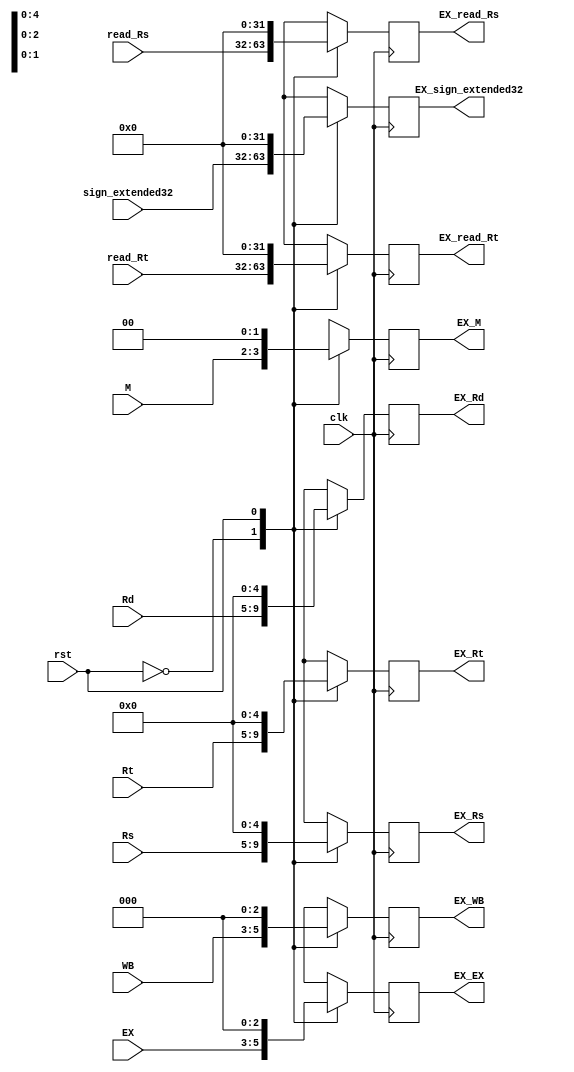
module ID_EX(EX_WB, EX_M, EX_EX, EX_read_Rs, EX_read_Rt, EX_Rs, EX_Rt, EX_Rd, EX_sign_extended32,
                WB,    M,     EX,   read_Rs,    read_Rt,    Rs,    Rt,    Rd,    sign_extended32, clk,rst);

input clk,rst;
input [31:0] sign_extended32, read_Rs, read_Rt;
input [2:0] WB;   //Regdst used in the EX stage as selction line between Rt , Rd ,, Reg write , Mem to reg
input [1:0] M;    //Mem read , Mem write
input [2:0] EX;   //ALU_src for mux selection , Aluop to the Alucontrol unit
input [4:0] Rs, Rt, Rd;  //Rt to be duplicated one copy goes to the Mux with Rd and the other copy to the forwarding unit with Rs

output reg [31:0] EX_sign_extended32, EX_read_Rs, EX_read_Rt;
output reg [2:0] EX_WB;   //Reg dst used in the EX stage as selction line between Rt , Rd ,, Reg write , Mem to reg
output reg [1:0] EX_M;    //Mem read , Mem write
output reg [2:0] EX_EX;   //ALU_src for mux selection , Aluop to the Alucontrol unit
output reg [4:0] EX_Rs, EX_Rt, EX_Rd;
	
    		
always @(negedge clk) begin
case (rst)
1'b0 : begin
       EX_WB<=WB;
       EX_M<=M;
       EX_EX<=EX;
       EX_read_Rs<=read_Rs;
       EX_read_Rt<=read_Rt;
       EX_sign_extended32<=sign_extended32;
       EX_Rs<=Rs;
       EX_Rt<=Rt;
       EX_Rd<=Rd;
      end
1'b1 : begin
       EX_WB<=3'b0;
       EX_M<=2'b0;
       EX_EX<=3'b0;
       EX_read_Rs<=32'b0;
       EX_read_Rt<=32'b0;
       EX_sign_extended32<=32'b0;
       EX_Rs<=5'b0;
       EX_Rt<=5'b0;
       EX_Rd<=5'b0;
      end
endcase
end
endmodule